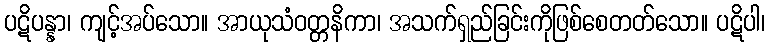
ပဋိပန္နာ၊ ကျင့်အပ်သော။ အာယုသံဝတ္တနိကာ၊ အသက်ရှည်ခြင်းကိုဖြစ်စေတတ်သော။ ပဋိပါ၊